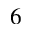
^ 6